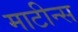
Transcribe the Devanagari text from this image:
माटीन्स